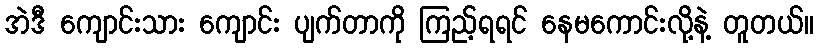
အဲဒီ ကျောင်းသား ကျောင်း ပျက်တာကို ကြည့်ရရင် နေမကောင်းလို့နဲ့ တူတယ်။